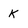
Character: k